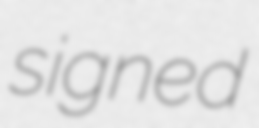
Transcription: signed